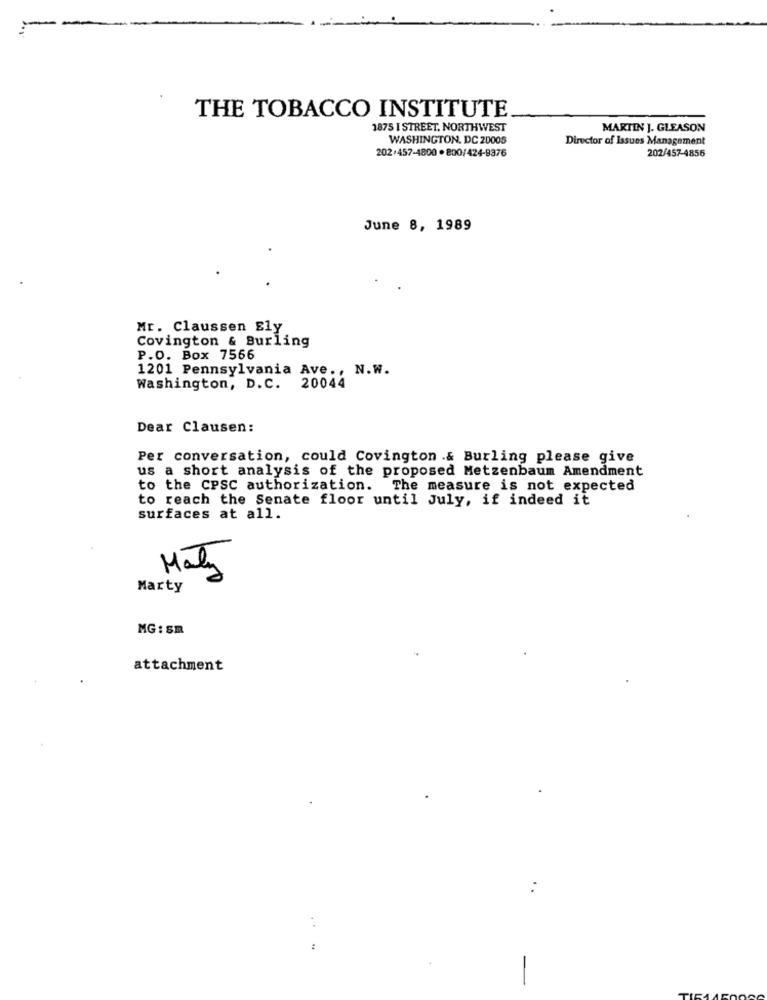
-
THE TOBACCO INSTITUTE
1875 I STREET, NORTHWEST
MARTIN J. GLEASON
WASHINGTON, DC 20005
Director of Issues Management
202+457-1800 · 800/424-9376
202/457-4856
June 8, 1989
Mr. Claussen Ely
Covington & Burling
P.O. Box 7566
1201 Pennsylvania Ave ., N.W.
Washington, D.C. 20044
Dear Clausen:
Per conversation, could Covington .& Burling please give
us a short analysis of the proposed Metzenbaum Amendment
to the CPSC authorization. The measure is not expected
to reach the Senate floor until July, if indeed it
surfaces at all.
Matz
Marty
MG : SR
attachment